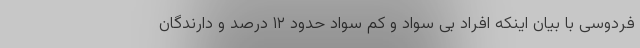
فردوسی با بیان اینکه افراد بی سواد و کم سواد حدود ۱۲ درصد و دارندگان